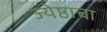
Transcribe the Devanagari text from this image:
ज्येष्ठाचा